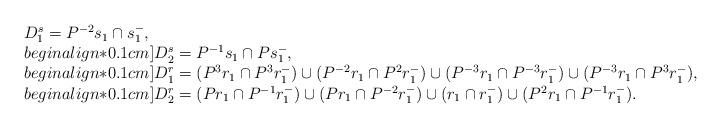
LaTeX: \begin{align*}\begin{array}{l} D_1^s=P^{-2}s_1\cap s_1^-,\\begin{align*}0.1cm] D_2^s=P^{-1}s_1\cap P s_1^-,\\begin{align*}0.1cm] D_1^r=(P^3r_1\cap P^3 r_1^-)\cup(P^{-2}r_1\cap P^2r_1^-)\cup(P^{-3}r_1\cap P^{-3}r_1^-)\cup(P^{-3}r_1\cap P^3r_1^-),\\begin{align*}0.1cm] D_2^r= (Pr_1\cap P^{-1}r_1^-)\cup(Pr_1\cap P^{-2}r_1^-)\cup(r_1\cap r_1^-)\cup(P^2r_1\cap P^{-1}r_1^-).\end{array}\end{align*}